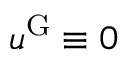
u ^ { \mathrm { G } } \equiv 0